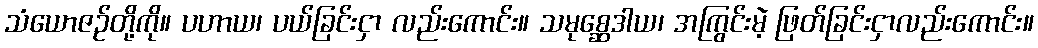
သံယောဇဉ်တို့ကို။ ပဟာယ၊ ပယ်ခြင်းငှာ လည်းကောင်း။ သမုစ္ဆေဒါယ၊ အကြွင်းမဲ့ ဖြတ်ခြင်းငှာလည်းကောင်း။